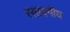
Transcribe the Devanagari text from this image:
रसायनीय